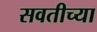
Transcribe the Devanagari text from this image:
सवतीच्या